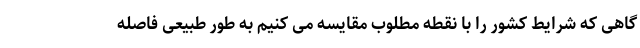
گاهی که شرایط کشور را با نقطه مطلوب مقایسه می کنیم به طور طبیعی فاصله